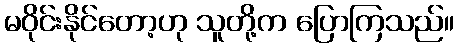
မဝိုင်းနိုင်တော့ဟု သူတို့က ပြောကြသည်။